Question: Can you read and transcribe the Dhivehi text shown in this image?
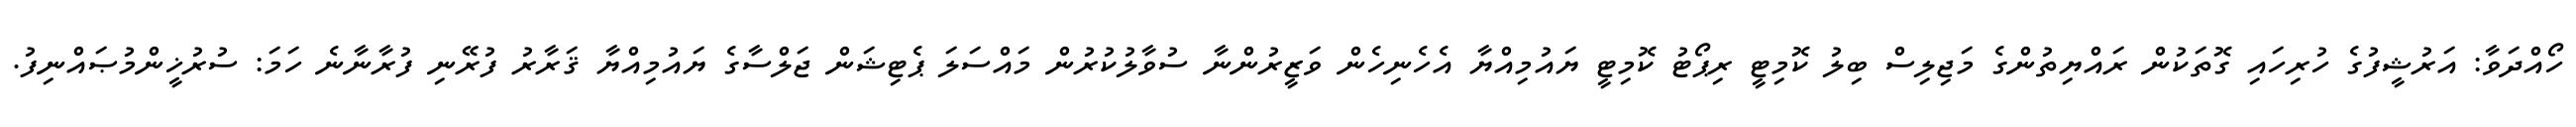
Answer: ހޯއްދަވާ: އަރުޝީފުގެ ހުރިހައި ގޮތަކުން ރައްޔިތުންގެ މަޖިލިސް ބިލު ކޮމިޓީ ރިޕޯޓު ކޮމިޓީ ޔައުމިއްޔާ އެހެނިހެން ވަޒީރުންނާ ސުވާލުކުރުން މައްސަލަ ޕެޓިޝަން ޖަލްސާގެ ޔައުމިއްޔާ ޤަރާރު ފުރޭނި ފުރާނާނެ ހަމަ: ސުރުޚީންމުޞައްނިފު.